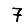
Digit: 7